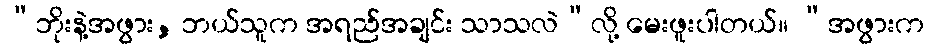
“ဘိုးနဲ့အဖွား, ဘယ်သူက အရည်အချင်း သာသလဲ”လို့ မေးဖူးပါတယ်။ “အဖွားက